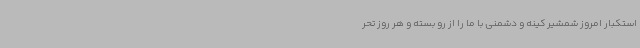
استکبار امروز شمشیر کینه و دشمنی با ما را از رو بسته و هر روز تحر